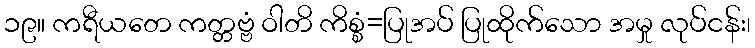
၁၉။ ကရီယတေ ကတ္တဗ္ဗံ ဝါတိ ကိစ္စံ=ပြုအပ် ပြုထိုက်သော အမှု လုပ်ငန်း၊